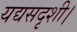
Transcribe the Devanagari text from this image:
यद्यसदृशी।